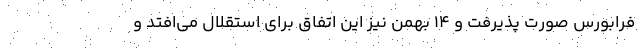
فرابورس صورت پذیرفت و 14 بهمن نیز این اتفاق برای استقلال می‌افتد و